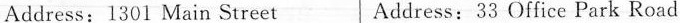
Address：1301 Main Street Address：33 Office Park Road